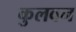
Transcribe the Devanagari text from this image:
कुलवन